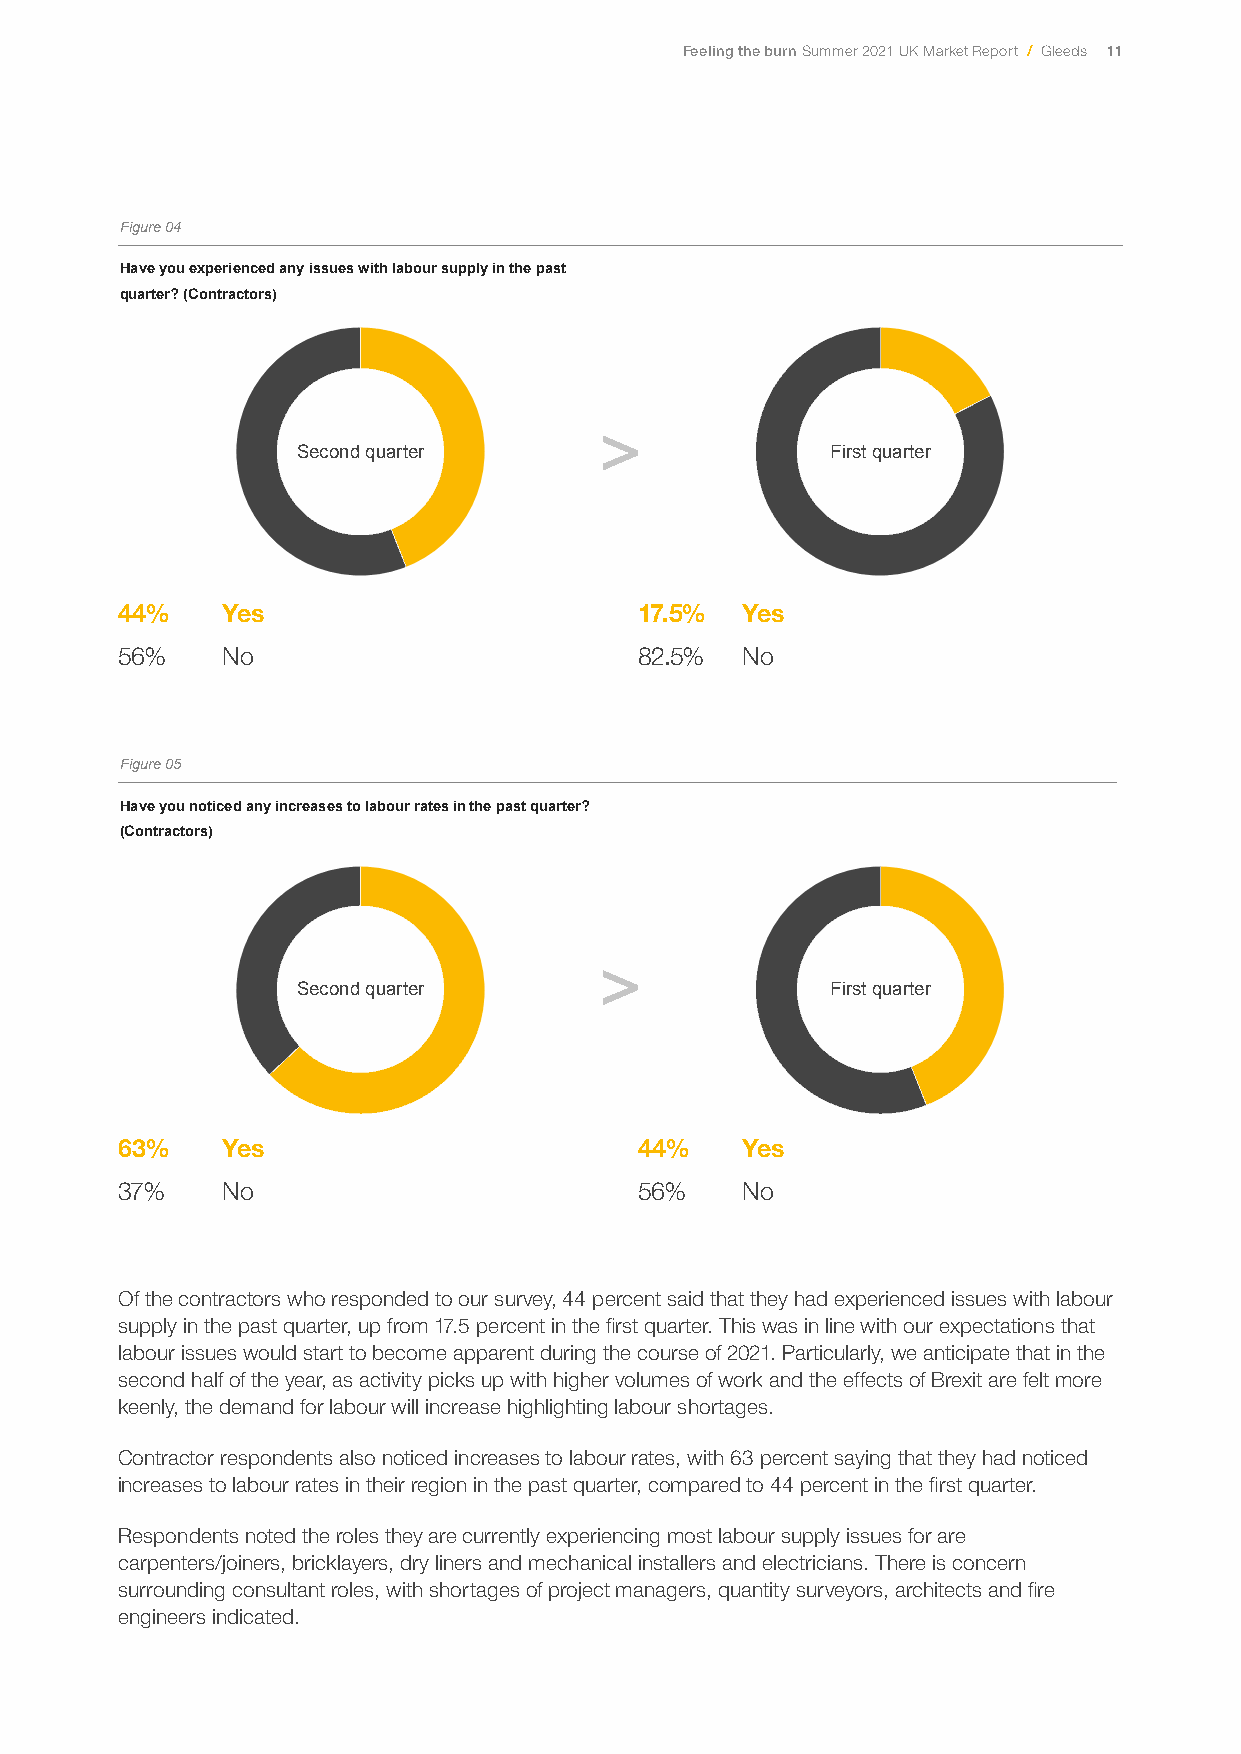
Feeling the burn Summer 2021 UK Market Report / Gleeds 11
 Figure 04
 First quarter      Second quarter First quarter      Second quarter
 Have you experienced any issues with labour supply in the past
 quarter? (Contractors)
 First quarter   Second quarter
 17.5%
 Second quarter                     First quarter
 First quarter
 44%    Yes82.5%                   17.5%  Yes
 Yes No                             Yes No
 56%    No                         82.5%  No
 Yes No
 Madewith Madewith                     Madewith
 Figure 05
 First quarter      Second quarter First quarter      Second quarter
 Have you noticed any increases to labour rates in the past quarter?
 (Contractors)
 First quarter   Second quarter
 Second quarter                     First quarter
 37%
 Second quarter
 63%
 63%    Yes                        44%    Yes
 37%    No     Yes No              56%    No      Yes No
 Yes No
 Madewith Madewith                     Madewith
 Of the contractors who responded to our survey, 44 percent said that they had experienced issues with labour
 supply in the past quarter, up from 17.5 percent in the first quarter. This was in line with our expectations that
 labour issues would start to become apparent during the course of 2021. Particularly, we anticipate that in the
 second half of the year, as activity picks up with higher volumes of work and the effects of Brexit are felt more
 keenly, the demand for labour will increase highlighting labour shortages.
 Contractor respondents also noticed increases to labour rates, with 63 percent saying that they had noticed
 increases to labour rates in their region in the past quarter, compared to 44 percent in the first quarter.
 Respondents noted the roles they are currently experiencing most labour supply issues for are
 carpenters/joiners, bricklayers, dry liners and mechanical installers and electricians. There is concern
 surrounding consultant roles, with shortages of project managers, quantity surveyors, architects and fire
 engineers indicated.